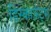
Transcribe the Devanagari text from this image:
डिस्काऊंट्स